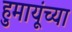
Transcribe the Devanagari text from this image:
हुमायूंच्या